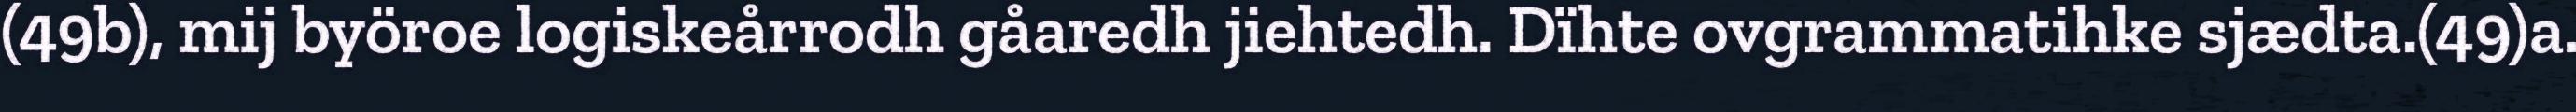
(49b), mij byöroe logiskeårrodh gåaredh jiehtedh. Dïhte ovgrammatihke sjædta.(49)a.